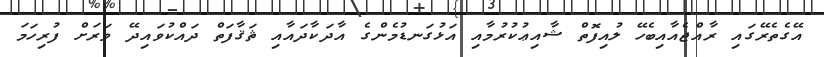
އޭގެތެރޭގައި ރާއްޖެއާއިބެހޭ ލުއިފޮތް ޝާއިޢުކުރުމާއި އަޅުގަނޑުމެންގެ އާދަކާދައާއި ޘަޤާފަތް ދައްކުވައިދޭ ވަރަށް ފުރިހަމަ